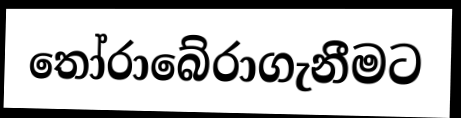
තෝරාබේරාගැනීමට